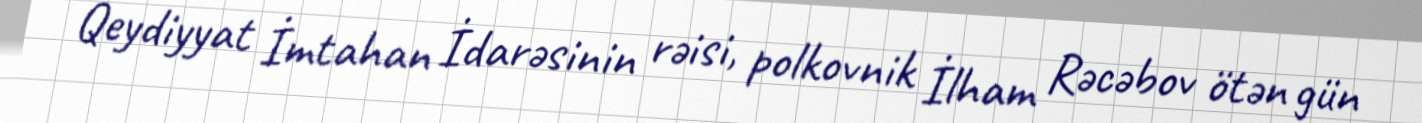
Qeydiyyat İmtahan İdarəsinin rəisi, polkovnik İlham Rəcəbov ötən gün